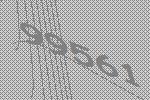
99561